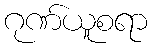
ဂုဏ်ယူစရာ